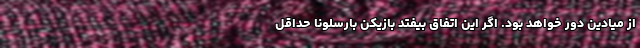
از میادین دور خواهد بود. اگر این اتفاق بیفتد بازیکن بارسلونا حداقل